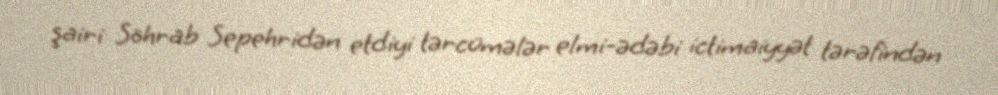
şairi Söhrab Sepehridən etdiyi tərcümələr elmi-ədəbi ictimaiyyət tərəfindən